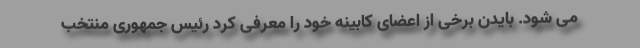
می شود. بایدن برخی از اعضای کابینه خود را معرفی کرد رئیس جمهوری منتخب